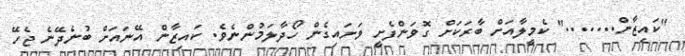
"ކައިޒާން......." ކެމީލާއަށް ބާރަކަށް ގޮވަންފެށީ ވަށައިގެން ހޯދާލަމުންނެވެ. ކައިޒާން އޭނައަށް ބުނެދޭނެ ޖެހޭ